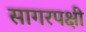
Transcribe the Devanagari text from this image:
सागरपक्षी